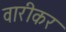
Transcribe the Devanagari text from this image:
वारीकर